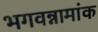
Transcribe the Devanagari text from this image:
भगवन्नामांक